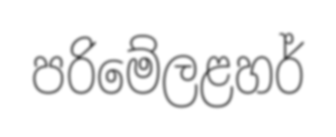
පරිමේලළහර්